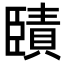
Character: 𦣱